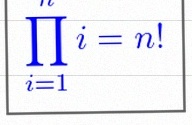
\prod_{i=1}^{n}i=n!